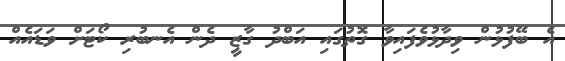
އެ ބޭފުޅުން ވިދާޅުވެފައިވާ ގޮތުގައި އަބްދު ގާޒީ ދެން އެނބުރި ކޯޓަށް ވަޑައެއް